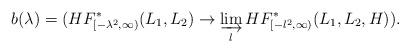
LaTeX: \begin{align*} b(\lambda) = (HF^*_{[-\lambda^2,\infty)}(L_1,L_2)\to \varinjlim_l HF^*_{[-l^2,\infty)}(L_1,L_2,H)).\end{align*}